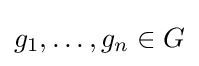
g_{1},\ldots ,g_{n}\in G